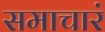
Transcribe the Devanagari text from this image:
समाचारं